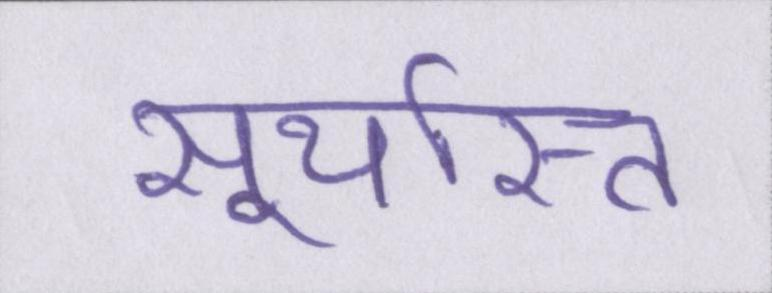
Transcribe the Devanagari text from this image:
सूर्यास्त